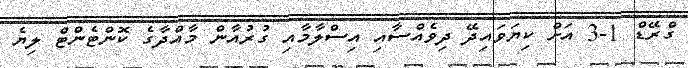
ގްރޭޑް 1-3 އަށް ކިޔަވައިދޭ ދިވެއްސާއި އިސްލާމާއި ގުރުއާން މާއްދާގެ ކޮންޓެންޓް ލިޔެ